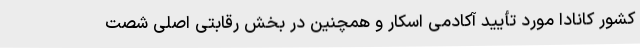
کشور کانادا مورد تأیید آکادمی اسکار و همچنین در بخش رقابتی اصلی شصت